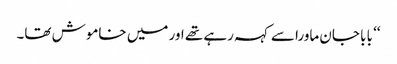
‘‘ بابا جان ماورا سے کہہ رہے تھے اور میں خاموش تھا۔